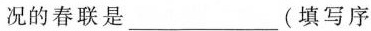
况的春联是_______(填写